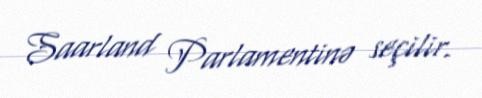
Saarland Parlamentinə seçilir.